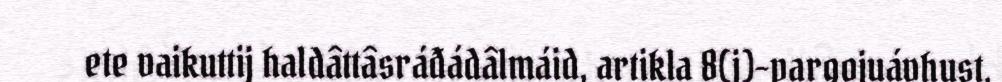
ete vaikuttij haldâttâsráđádâlmáid, artikla 8(j)-pargojuávhust,